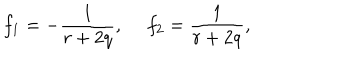
LaTeX: f _ { 1 } = - \frac { 1 } { r + 2 q } , ~ ~ f _ { 2 } = \frac { 1 } { r + 2 q } ,